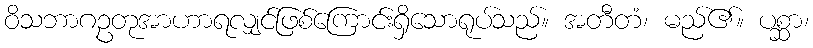
ဝိသဘာဂဥတုအာဟာရလျှင်ဖြစ်ကြောင်းရှိသောရုပ်သည်။ အတီတံ၊ မည်၏။ ပစ္ဆာ၊